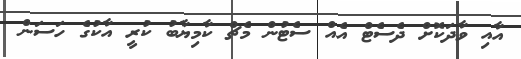
އާއި ވާދަކޮށް ދެސެޓް އެއް ސެޓުން މެޗް ކާމިޔާބު ކުރީ އާކުގެ ހަސަން